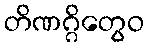
တိဏဂ္ဂိတွေဝ